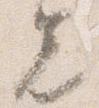
先